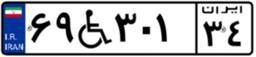
۹۵W۵۲۳۵۸